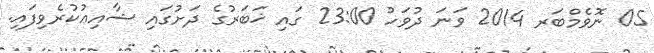
05 ނޮވެމްބަރ 2014 ވަނަ ދުވަހު 23:00 ގައި ޚަބަރުގެ ދަށުގައި ޝާއިޢުކުރެވިފައި.